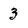
Character: 3